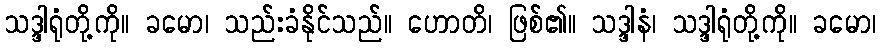
သဒ္ဒါရုံတို့ကို။ ခမော၊ သည်းခံနိုင်သည်။ ဟောတိ၊ ဖြစ်၏။ သဒ္ဒါနံ၊ သဒ္ဒါရုံတို့ကို။ ခမော၊